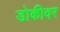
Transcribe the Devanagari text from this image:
डोकीवर